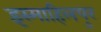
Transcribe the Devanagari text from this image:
इस्माहिलपुर